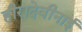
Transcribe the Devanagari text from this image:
हीरादेवीनाई